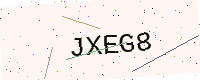
Text: JXEG8